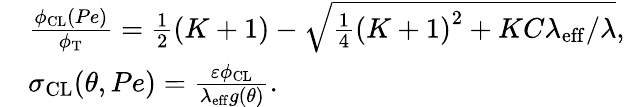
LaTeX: \begin{array}{r}{\begin{array}{rl}&{\frac{\phi_{\mathrm{CL}}(Pe)}{\phi_{\mathrm{T}}}=\frac{1}{2}\left(K+1\right)-\sqrt{\frac{1}{4}\left(K+1\right)^{2}+KC\lambda_{\mathrm{eff}}/\lambda},}\\ &{\sigma_{\mathrm{CL}}(\theta,Pe)=\frac{\varepsilon\phi_{\mathrm{CL}}}{\lambda_{\mathrm{eff}}g(\theta)}.}\end{array}}\end{array}